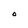
Character: O